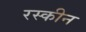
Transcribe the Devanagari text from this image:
रस्कीन